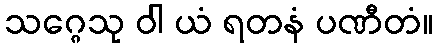
သဂ္ဂေသု ဝါ ယံ ရတနံ ပဏီတံ။